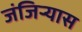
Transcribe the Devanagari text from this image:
जंजिऱ्यास